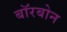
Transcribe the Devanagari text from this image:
बॉरबोन